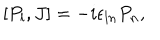
[ P _ { l } , J ] = - i \epsilon _ { l n } P _ { n } ,